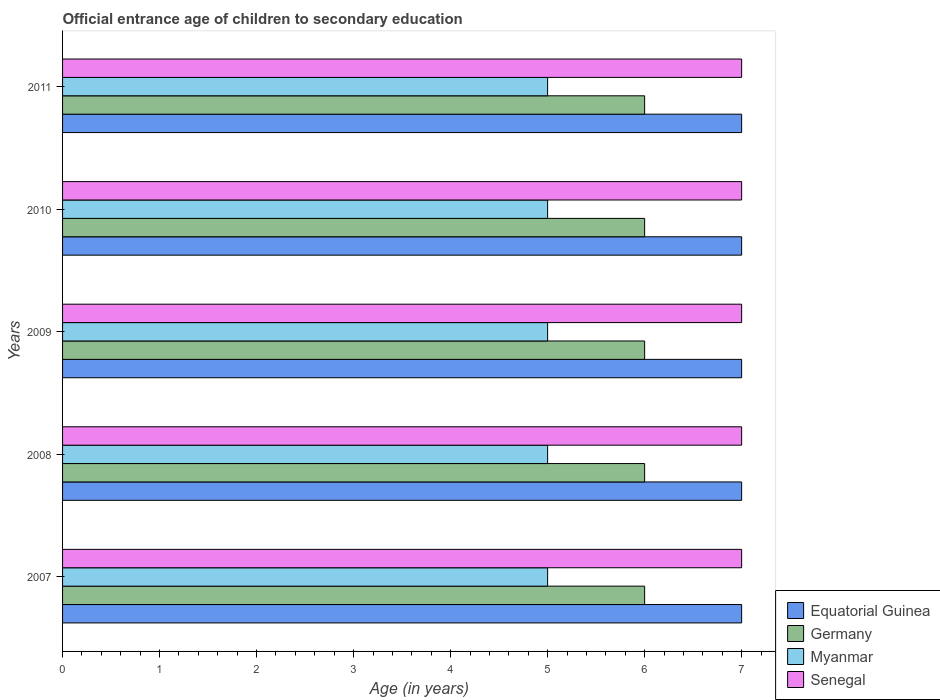
| Years | Equatorial Guinea | Germany | Myanmar | Senegal |
 | --- | --- | --- | --- | --- |
 | 2007 | 7 | 6 | 5 | 7 |
 | 2008 | 7 | 6 | 5 | 7 |
 | 2009 | 7 | 6 | 5 | 7 |
 | 2010 | 7 | 6 | 5 | 7 |
 | 2011 | 7 | 6 | 5 | 7 |